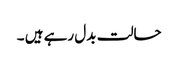
حالت بدل رہے ہیں ۔